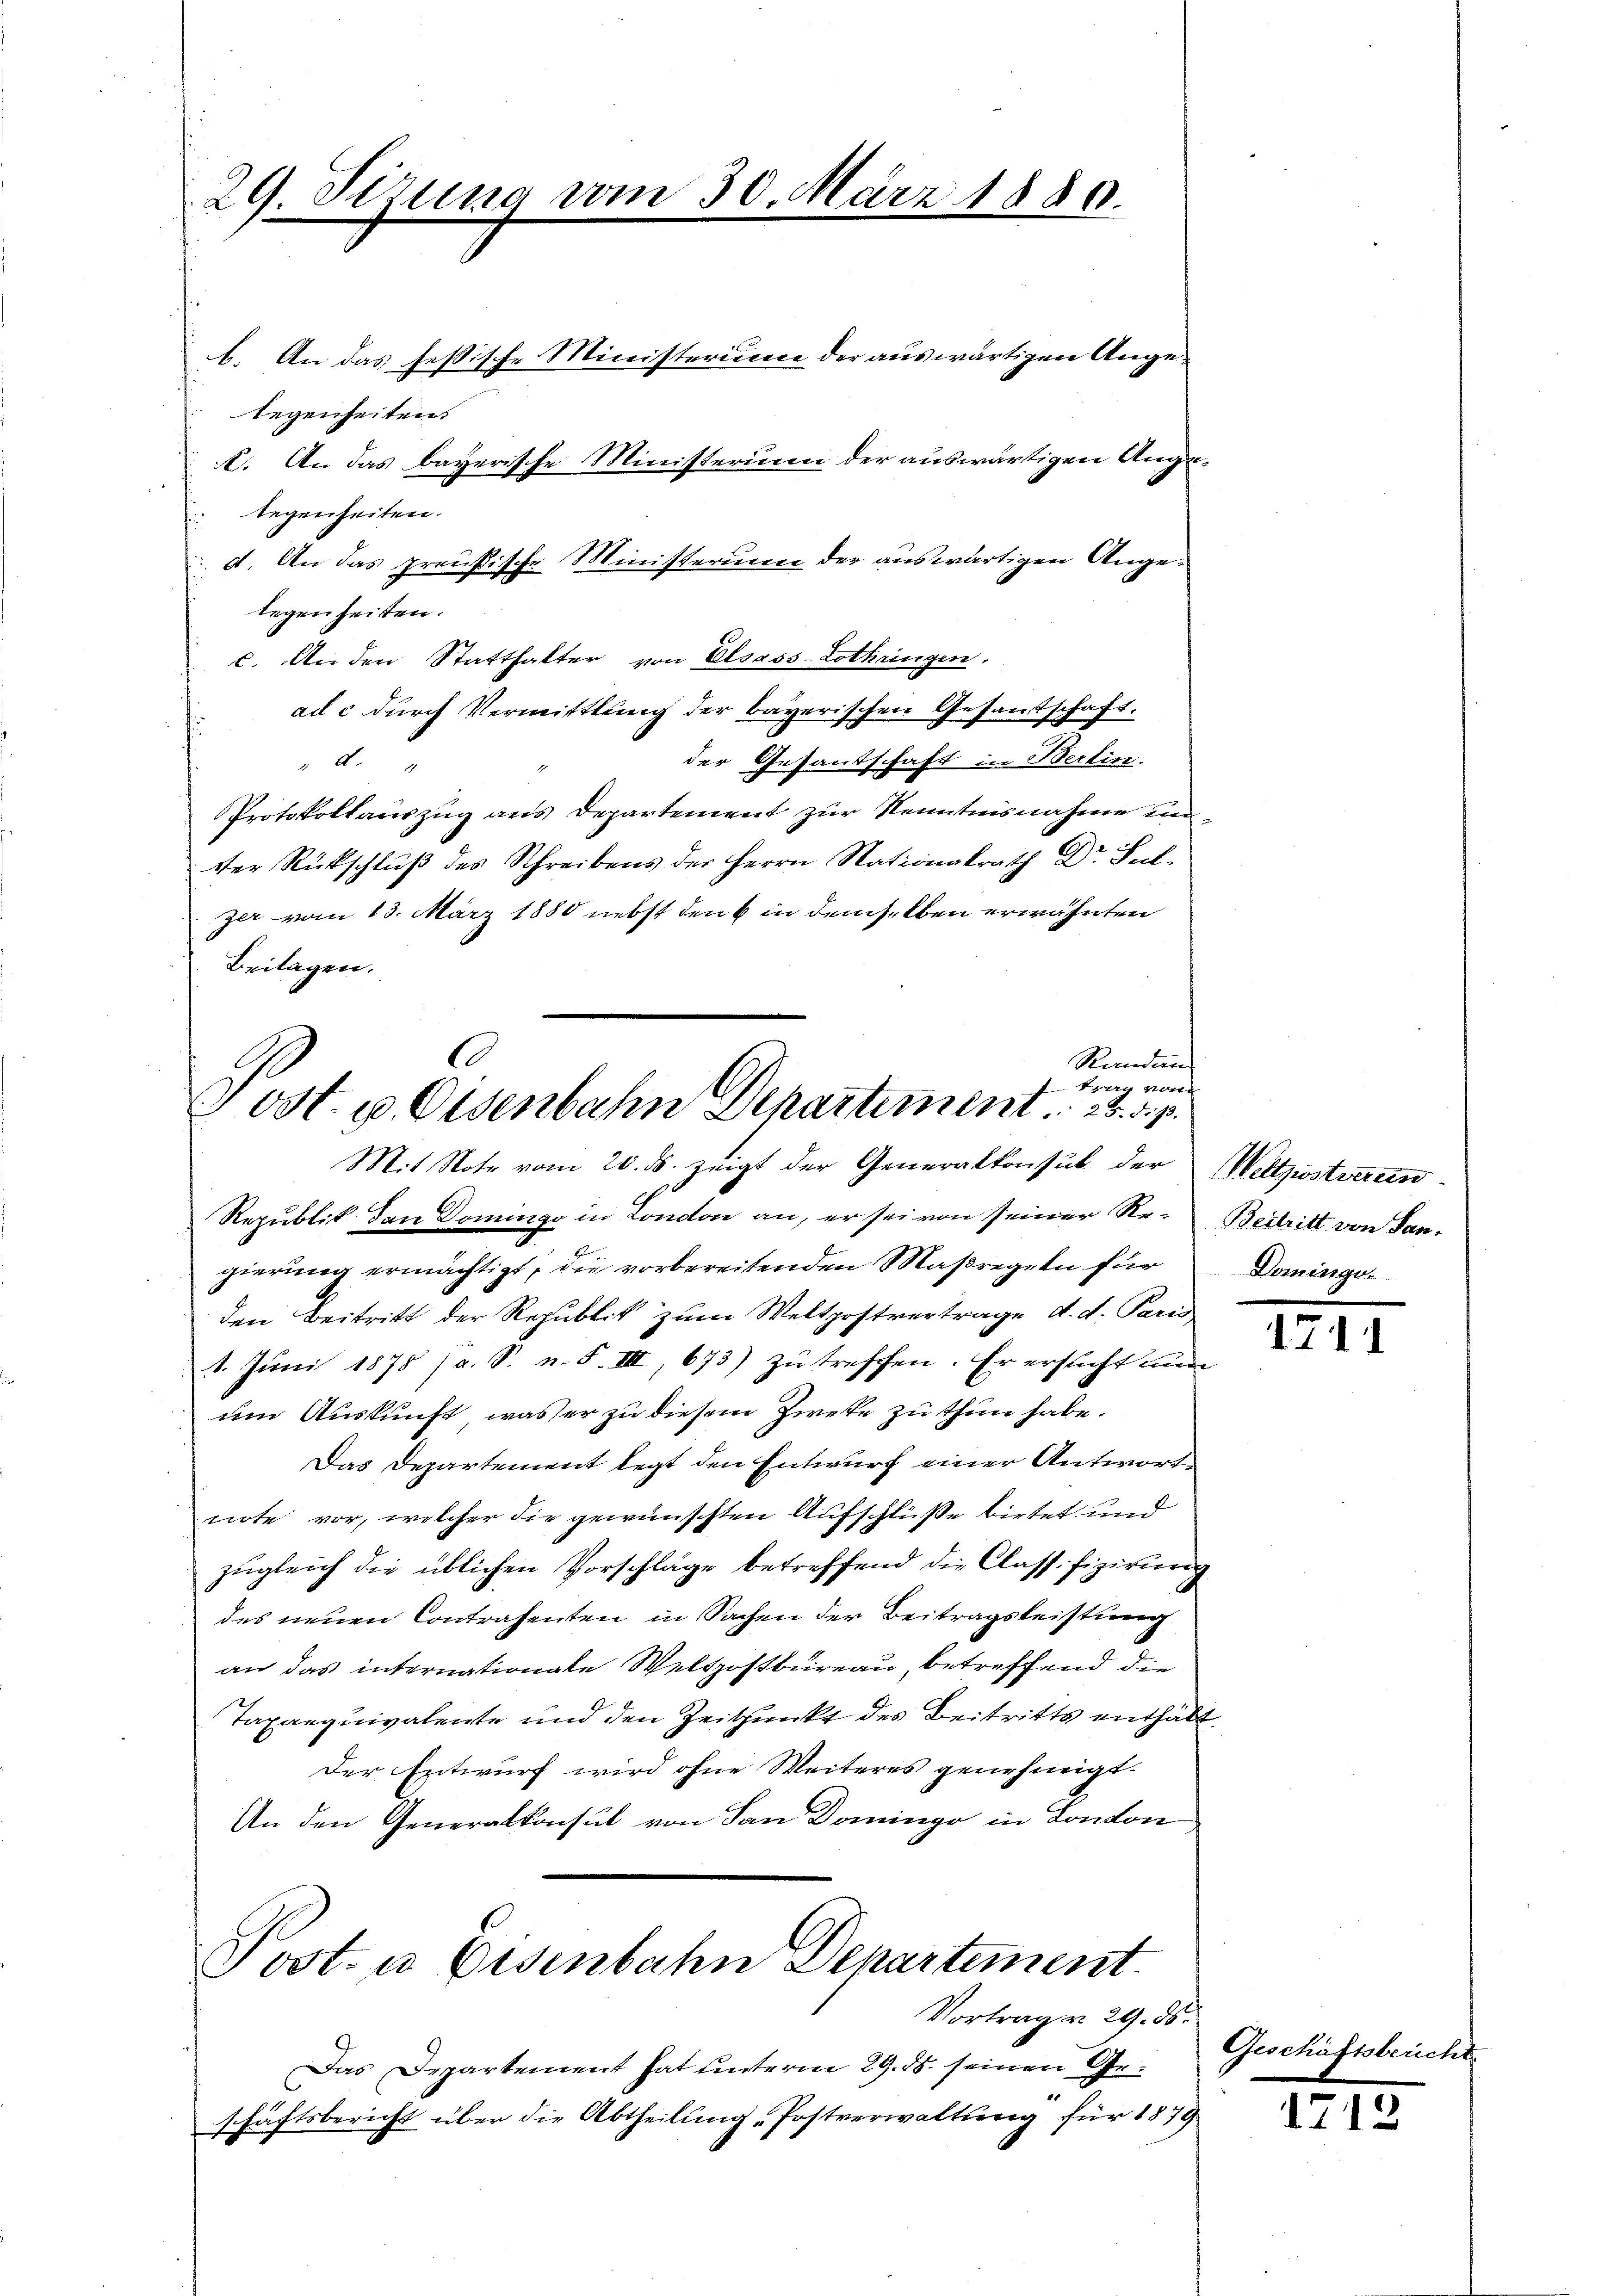
29. Stzung vom 30. März 1880.

b. An das festische Ministerium der auswärtigen Ange-
legenheiten
k. An das bayerische Ministerium der auswärtigen Angelegenheiten.
d. An das preußische Ministerium der auswärtigen Angelegenheiten.
c. An den Statthalter von Elsass-Lothringen.
ad c durch Vermittlung der bayerischen Gesandschaft.
der Gesandschaft in Berlin.
 d.
Protokollauszug aus Departement zur Kenntnisnahme unter Rückschluß des Schreibens der Herrn Nationalrath Dr Sul
zer vom 13. März 1880 nebst den 6 in demselben erwähnten
Beilagen.
C
Randan

trer weite
Post. p. Eisenbahn Departement
Mit Note vom 20. ds. zeigt der Generalkonsul der Weltzustreun¬

Post- u. Eisenbahn Departement.

Das Departement hat unterm 29. ds. seinen Gr.
schäftsbericht über die Abtheilung „Postverwaltung für 1879

Republik dan Domingo in London an, er sei von seiner Re-Beitritt von Sangierung ermächtigt, die vorbereitenden Maßregeln für
den Beitritt der Republik zum Weltpostvertrage d. d. Paris
1. Juni 1875 (a. S. n. F. III, 673) zu treffen. Er ersucht nun
um Auskunft, was er zu diesem Zweke zu thun habe.
Das Departement legt den Entwurf einer Antwortnote vor, welcher die gewünschten Aufschlüße bietet und
zugleich die üblichen Vorschläge betreffend die Classifizierung
des neuen Contrahenten in Sachen der Beitragsleistung
an das internationale Weltzostbureau, betreffend die
Taxanquivalente und den Zeitpunkt des Beitritts enthält
Der Entwurf wird ohne Weiteres genehmigt.
An den Generalkonsul von San Domingo in Conton

Dominge

1741

Vortragen 29. 50. Geschäftsbericht

1712